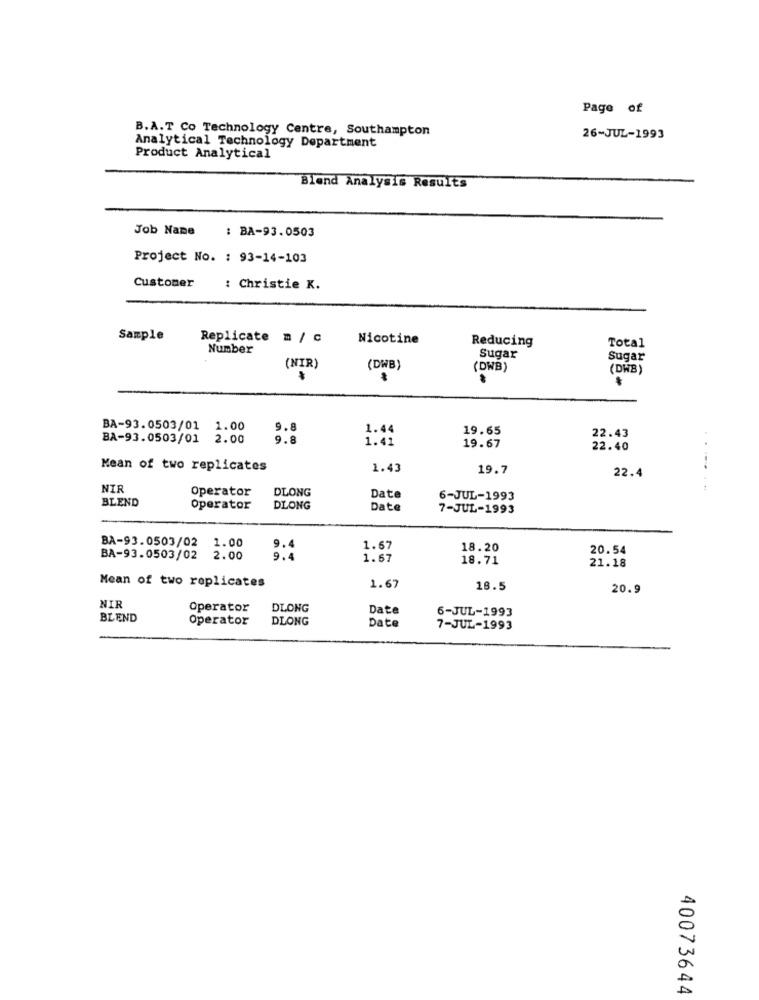
Page of
B.A.T Co Technology Centre, Southampton
26-JUL-1993
Analytical Technology Department
Product Analytical
Blend Analysis Results
Job Name
: BA-93.0503
Project No. : 93-14-103
Customer
: Christie K.
Sample
Replicate m / C
Nicotine
Reducing
Total
Number
Sugar
Sugar
(NIR)
(DWB)
(DWB)
(DWB)
BA-93.0503/01 1.00
9.8
1.44
19.65
22.43
BA-93.0503/01 2.00
9.8
1.41
19.67
22.40
..
Mean of two replicates
1.43
19.7
22.4
NIR
Operator
DLONG
BLEND
Date
6-JUL-1993
Operator
DLONG
Date
7-JUL-1993
BA-93.0503/02
1.00
9.4
1.67
18.20
20.54
BA-93.0503/02
2.00
9.4
1.67
18.71
21.18
Mean of two replicates
1.67
18.5
20.9
NIR
Operator
DLONG
Date
6-JUL-1993
BLEND
Operator
DLONG
Date
7-JUL-1993
40073644